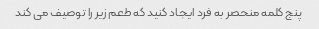
پنج کلمه منحصر به فرد ایجاد کنید که طعم زیر را توصیف می کند